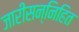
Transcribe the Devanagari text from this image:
जारीसन्निहित